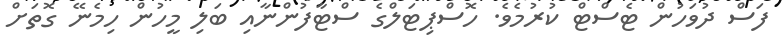
ފަސް ދުވަހުން ޓެސްޓް ކުރުމެވެ. ހޮސްޕިޓަލްގެ ސްޓާފުންނާއި ބަލި މީހުން ހިމެނޭ ގޮތަށް